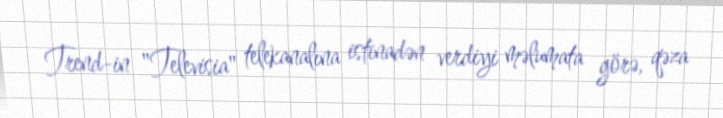
Trend-in "Televisia" telekanalına istinadən verdiyi məlumata görə, qəza